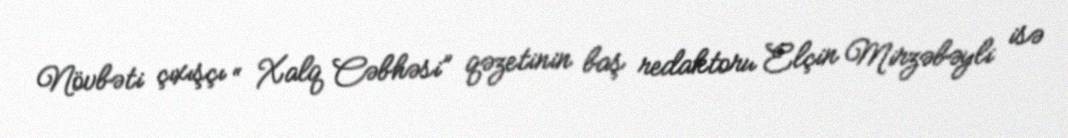
Növbəti çıxışçı “ Xalq Cəbhəsi” qəzetinin baş redaktoru Elçin Mirzəbəyli isə